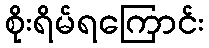
စိုးရိမ်ရကြောင်း